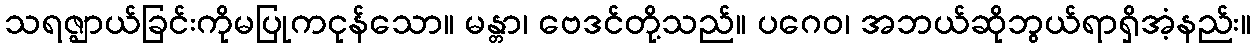
သရဇ္ဈာယ်ခြင်းကိုမပြုကငုန်သော။ မန္တာ၊ ဗေဒင်တို့သည်။ ပဂေဝ၊ အဘယ်ဆိုဘွယ်ရာရှိအံ့နည်း။